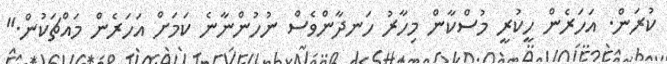
ކުރަން. އަހަރެން ހީކުރީ މުސްކާން މިހާރު ހަނދާންވެސް ނުހުންނާނެ ކަމަށް އަހަރެން މައްޗަކުން."